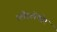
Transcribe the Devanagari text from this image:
स्लैस्टोपोर